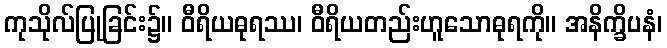
ကုသိုလ်ပြုခြင်း၌။ ဝီရိယဓုရဿ၊ ဝီရိယတည်းဟူသောဓုရကို။ အနိက္ခိပနံ၊